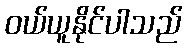
ဝယ်ယူနိုင်ပါသည်